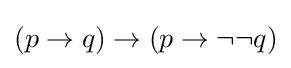
(p\to q)\to (p\to \neg \neg q)